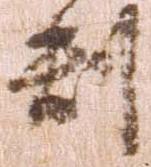
判